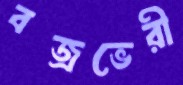
বজ্রভেরী